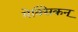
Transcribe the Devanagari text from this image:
मेक्सिकन्